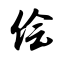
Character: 侩